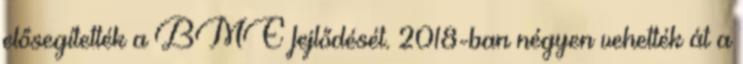
elősegítették a BME fejlődését. 2018-ban négyen vehették át a